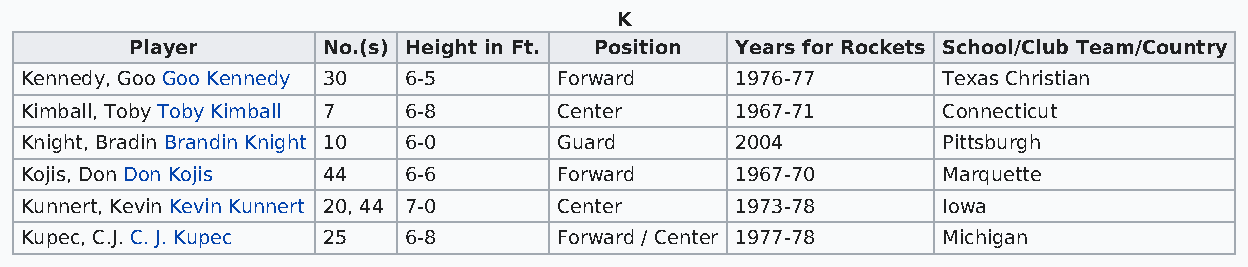
K
 Player      No.(s) Height in Ft. Position Years for Rockets School/Club Team/Country
 Kennedy, Goo Goo Kennedy 30 6-5     Forward     1976-77      Texas Christian
 Kimball, Toby Toby Kimball 7 6-8    Center      1967-71      Connecticut
 Knight, Bradin Brandin Knight 10 6-0 Guard      2004         Pittsburgh
 Kojis, Don Don Kojis 44   6-6       Forward     1967-70      Marquette
 Kunnert, Kevin Kevin Kunnert 20, 44 7-0 Center  1973-78      Iowa
 Kupec, C.J. C. J. Kupec 25 6-8      Forward / Center 1977-78 Michigan